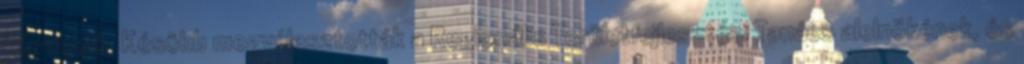
képviselô. Késôbb megválasztották a Regionális Területfejlesztési Tanács alelnökének, és